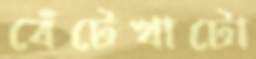
বেঁটেখাটো